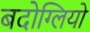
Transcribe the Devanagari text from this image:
बदोग्लियो